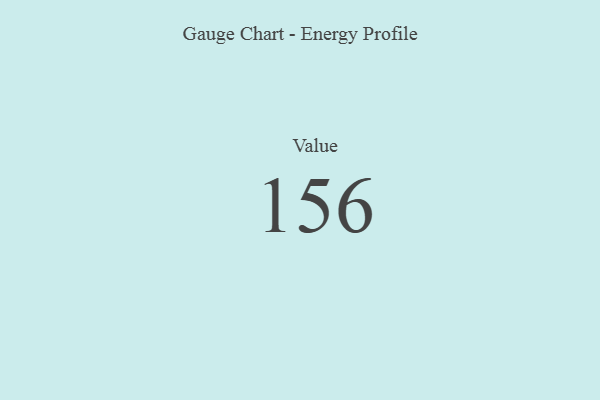
{"axis": {"x": "Metric", "y": "Value"}, "legend": [""], "data": [{"x": "Value", "y": 156, "type": ""}]}